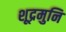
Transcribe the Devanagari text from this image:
शूद्रमुनि